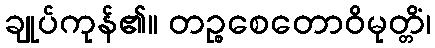
ချုပ်ကုန်၏။ တဉ္စစေတောဝိမုတ္တိံ၊